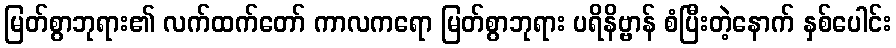
မြတ်စွာဘုရား၏ လက်ထက်တော် ကာလကရော မြတ်စွာဘုရား ပရိနိဗ္ဗာန် စံပြီးတဲ့နောက် နှစ်ပေါင်း